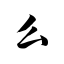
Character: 么